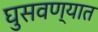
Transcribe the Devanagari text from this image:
घुसवण्यात